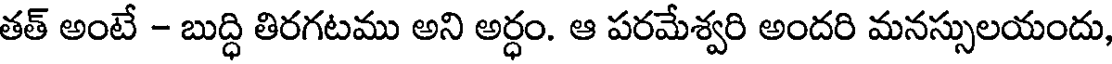
తత్ అంటే - బుద్ధి తిరగటము అని అర్ధం. ఆ పరమేశ్వరి అందరి మనస్సులయందు,